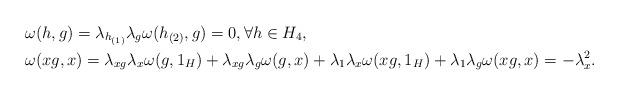
LaTeX: \begin{align*}& \omega (h,g) = \lambda_{h_{(1)}} \lambda_g \omega (h_{(2)} ,g) =0 , \forall h\in H_4 ,\\& \omega (xg,x) = \lambda_{xg} \lambda_x \omega (g,1_H)+\lambda_{xg} \lambda_g \omega (g,x)+\lambda_1 \lambda_x \omega (xg ,1_H) +\lambda_1 \lambda_g \omega (xg,x)=-\lambda_x^2.\end{align*}